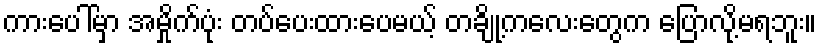
ကားပေါ်မှာ အမှိုက်ပုံး တပ်ပေးထားပေမယ့် တချို့ကလေးတွေက ပြောလို့မရဘူး။